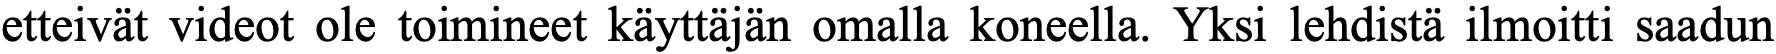
etteivät videot ole toimineet käyttäjän omalla koneella. Yksi lehdistä ilmoitti saadun